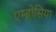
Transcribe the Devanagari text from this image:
एम्ब्रोसिया